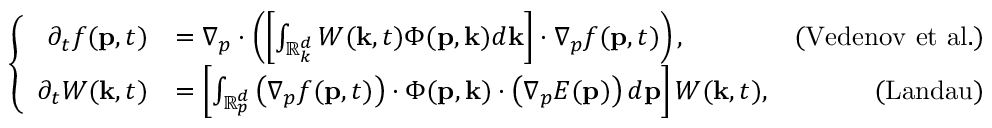
\left\{ \begin{array} { r l r } { \partial _ { t } f ( \mathbf { p } , t ) } & { = \nabla _ { p } \cdot \left( \left[ \int _ { \mathbb { R } _ { k } ^ { d } } W ( \mathbf { k } , t ) \Phi ( \mathbf { p } , \mathbf { k } ) d \mathbf { k } \right] \cdot \nabla _ { p } f ( \mathbf { p } , t ) \right) , } & { \mathrm { ( V e d e n o v ~ e t ~ a l . } ) } \\ { \partial _ { t } W ( \mathbf { k } , t ) } & { = \left[ \int _ { \mathbb { R } _ { p } ^ { d } } \left( \nabla _ { p } f ( \mathbf { p } , t ) \right) \cdot \Phi ( \mathbf { p } , \mathbf { k } ) \cdot \left( \nabla _ { p } E ( \mathbf { p } ) \right) d \mathbf { p } \right] W ( \mathbf { k } , t ) , } & { \mathrm { ( L a n d a u ) } } \end{array} \right.